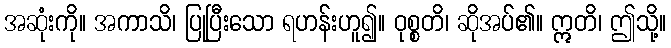
အဆုံးကို။ အကာသိ၊ ပြုပြီးသော ရဟန်းဟူ၍။ ဝုစ္စတိ၊ ဆိုအပ်၏။ ဣတိ၊ ဤသို့။